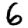
Digit: 6